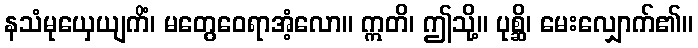
နသံမုယှေယျကိံ၊ မတွေဝေရာအံ့လော။ ဣတိ၊ ဤသို့။ ပုစ္ဆိ၊ မေးလျှောက်၏။